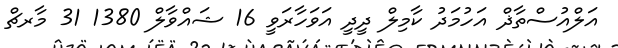
އަލްއުސްތާޛް އަހުމަދު ކާމިލް ދީދީ އަވަހާރަވީ 16 ޝައްވާލް 1380 31 މާރޗް